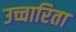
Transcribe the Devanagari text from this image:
उच्चारिता